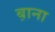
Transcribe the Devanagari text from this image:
ब़ाना